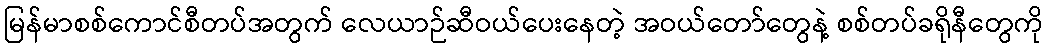
မြန်မာစစ်ကောင်စီတပ်အတွက် လေယာဉ်ဆီဝယ်ပေးနေတဲ့ အဝယ်တော်တွေနဲ့ စစ်တပ်ခရိုနီတွေကို